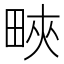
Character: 㽠